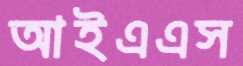
আইএএস